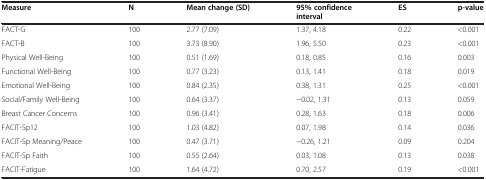
<table><thead><tr><td><b>Measure</b></td><td><b>N</b></td><td><b>Mean change (SD)</b></td><td><b>95% confidence interval</b></td><td><b>ES</b></td><td><b>p-value</b></td></tr></thead><tbody><tr><td>FACT-G</td><td>100</td><td>2.77 (7.09)</td><td>1.37, 4.18</td><td>0.22</td><td>&lt;0.001</td></tr><tr><td>FACT-B</td><td>100</td><td>3.73 (8.90)</td><td>1.96, 5.50</td><td>0.23</td><td>&lt;0.001</td></tr><tr><td>Physical Well-Being</td><td>100</td><td>0.51 (1.69)</td><td>0.18, 0.85</td><td>0.16</td><td>0.003</td></tr><tr><td>Functional Well-Being</td><td>100</td><td>0.77 (3.23)</td><td>0.13, 1.41</td><td>0.18</td><td>0.019</td></tr><tr><td>Emotional Well-Being</td><td>100</td><td>0.84 (2.35)</td><td>0.38, 1.31</td><td>0.25</td><td>&lt;0.001</td></tr><tr><td>Social/Family Well-Being</td><td>100</td><td>0.64 (3.37)</td><td>−0.02, 1.31</td><td>0.13</td><td>0.059</td></tr><tr><td>Breast Cancer Concerns</td><td>100</td><td>0.96 (3.41)</td><td>0.28, 1.63</td><td>0.18</td><td>0.006</td></tr><tr><td>FACIT-Sp12</td><td>100</td><td>1.03 (4.82)</td><td>0.07, 1.98</td><td>0.14</td><td>0.036</td></tr><tr><td>FACIT-Sp Meaning/Peace</td><td>100</td><td>0.47 (3.71)</td><td>−0.26, 1.21</td><td>0.09</td><td>0.204</td></tr><tr><td>FACIT-Sp Faith</td><td>100</td><td>0.55 (2.64)</td><td>0.03, 1.08</td><td>0.13</td><td>0.038</td></tr><tr><td>FACIT-Fatigue</td><td>100</td><td>1.64 (4.72)</td><td>0.70, 2.57</td><td>0.19</td><td>&lt;0.001</td></tr></tbody></table>